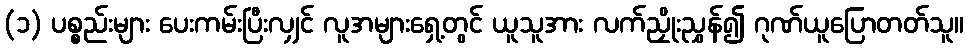
(၁) ပစ္စည်းများ ပေးကမ်းပြီးလျှင် လူအများရှေ့တွင် ယူသူအား လက်ညှိုးညွှန်၍ ဂုဏ်ယူပြောတတ်သူ။